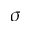
\sigma